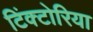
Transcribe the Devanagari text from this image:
टिंक्टोरिया